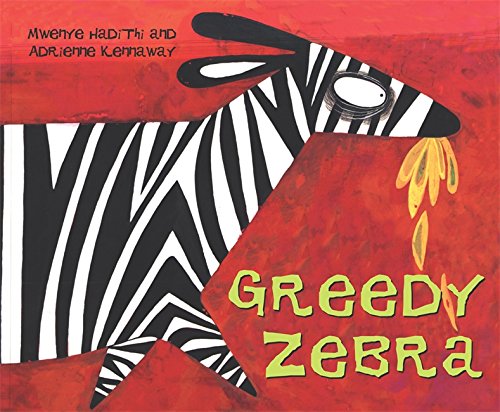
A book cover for Greedy Zebra (African Animal Tales); Mwenye Hadithi; Children's Books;